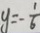
y = - \frac { 1 } { 6 }